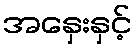
အနှေးနှင့်